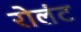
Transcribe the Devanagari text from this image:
रोलंट